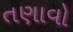
તણાવો